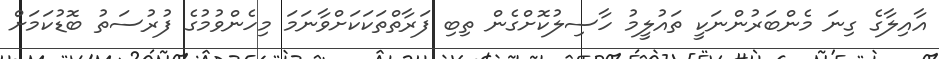
އާއިލާގެ ގިނަ މެންބަރުންނަކީ ތައުލީމު ހާސިލުކޮށްގެން ތިބި ފަރާތްތަކަކަށްވާނަމަ މިހެންވުމުގެ ފުރުސަތު ބޮޑުކަމަށް